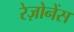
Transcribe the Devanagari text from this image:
रेज़ोनेंस